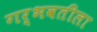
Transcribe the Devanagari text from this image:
गर्भवतीला